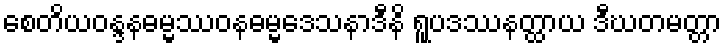
စေတိယဝန္ဒနဓမ္မဿဝနဓမ္မဒေသနာဒီနိ ရူပဒဿနတ္ထာယ ဒီဃတမတ္တာ